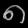
Digit: ၈